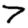
Digit: 7